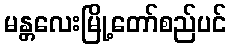
မန္တလေးမြို့တော်စည်ပင်